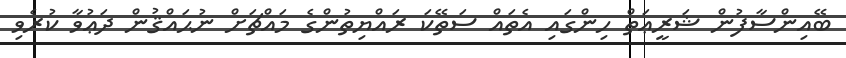
ބޭއިންސާފުން ޝަރީޢަތް ހިންގައި އެތައް ސަތޭކަ ރައްޔިތުންގެ މައްޗަށް ނުޙައްޤުން ދަޢުވާ ކުރެވި